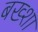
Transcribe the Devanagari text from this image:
बख्‍शा